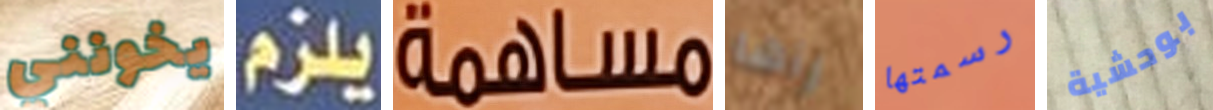
يخونني يلزم مساهمة رآها رسمتها بوحشية